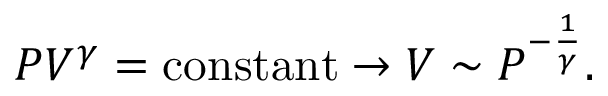
P V ^ { \gamma } = { \mathrm { c o n s t a n t } } \rightarrow V \sim P ^ { - { \frac { 1 } { \gamma } } } .